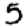
Digit: 5